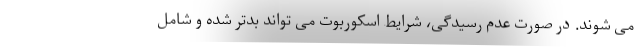
می شوند. در صورت عدم رسیدگی، شرایط اسکوربوت می تواند بدتر شده و شامل